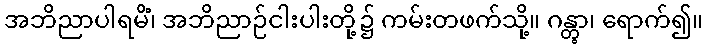
အဘိညာပါရမိံ၊ အဘိညာဉ်ငါးပါးတို့၌ ကမ်းတဖက်သို့။ ဂန္တွာ၊ ရောက်၍။